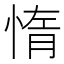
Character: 惰